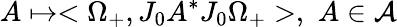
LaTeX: A\mapsto<\Omega_{+},J_{0}A^{\ast}J_{0}\Omega_{+}>,\, \, A\in\mathcal{A}